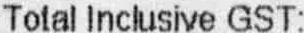
TOTAL INCLUSIVE GST: